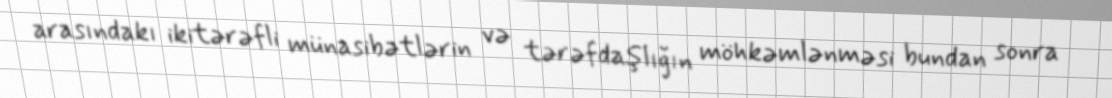
arasındakı ikitərəfli münasibətlərin və tərəfdaşlığın möhkəmlənməsi bundan sonra